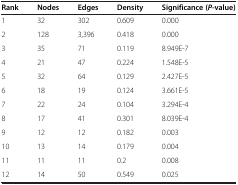
<table><thead><tr><td><b>Rank</b></td><td><b>Nodes</b></td><td><b>Edges</b></td><td><b>Density</b></td><td><b>Significance (<i>P</i>-value)</b></td></tr></thead><tbody><tr><td>1</td><td>32</td><td>302</td><td>0.609</td><td>0.000</td></tr><tr><td>2</td><td>128</td><td>3,396</td><td>0.418</td><td>0.000</td></tr><tr><td>3</td><td>35</td><td>71</td><td>0.119</td><td>8.949E-7</td></tr><tr><td>4</td><td>21</td><td>47</td><td>0.224</td><td>1.548E-5</td></tr><tr><td>5</td><td>32</td><td>64</td><td>0.129</td><td>2.427E-5</td></tr><tr><td>6</td><td>18</td><td>19</td><td>0.124</td><td>3.661E-5</td></tr><tr><td>7</td><td>22</td><td>24</td><td>0.104</td><td>3.294E-4</td></tr><tr><td>8</td><td>17</td><td>41</td><td>0.301</td><td>8.039E-4</td></tr><tr><td>9</td><td>12</td><td>12</td><td>0.182</td><td>0.003</td></tr><tr><td>10</td><td>13</td><td>14</td><td>0.179</td><td>0.004</td></tr><tr><td>11</td><td>11</td><td>11</td><td>0.2</td><td>0.008</td></tr><tr><td>12</td><td>14</td><td>50</td><td>0.549</td><td>0.025</td></tr></tbody></table>